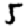
Digit: 5